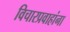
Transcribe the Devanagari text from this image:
विचारप्रवाहांना